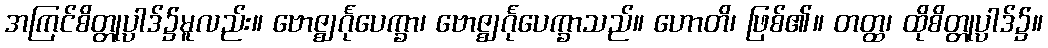
အကြင်စိတ္တုပ္ပာဒ်၌မူလည်း။ ဗောဇ္ဈင်္ဂုပေက္ခာ၊ ဗောဇ္ဈင်္ဂုပေက္ခာသည်။ ဟောတိ၊ ဖြစ်၏။ တတ္ထ၊ ထိုစိတ္တုပ္ပာဒ်၌။